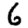
Digit: 6